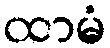
ထာမံ